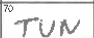
Transcription: TUN